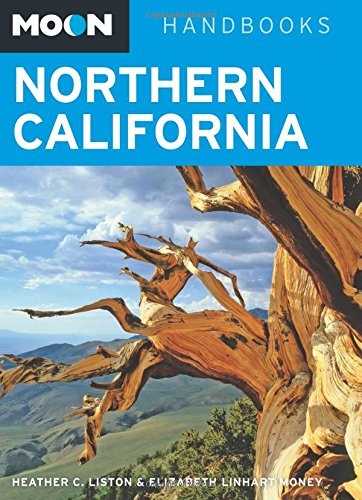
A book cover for Moon Northern California (Moon Handbooks); Heather C. Liston; Travel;